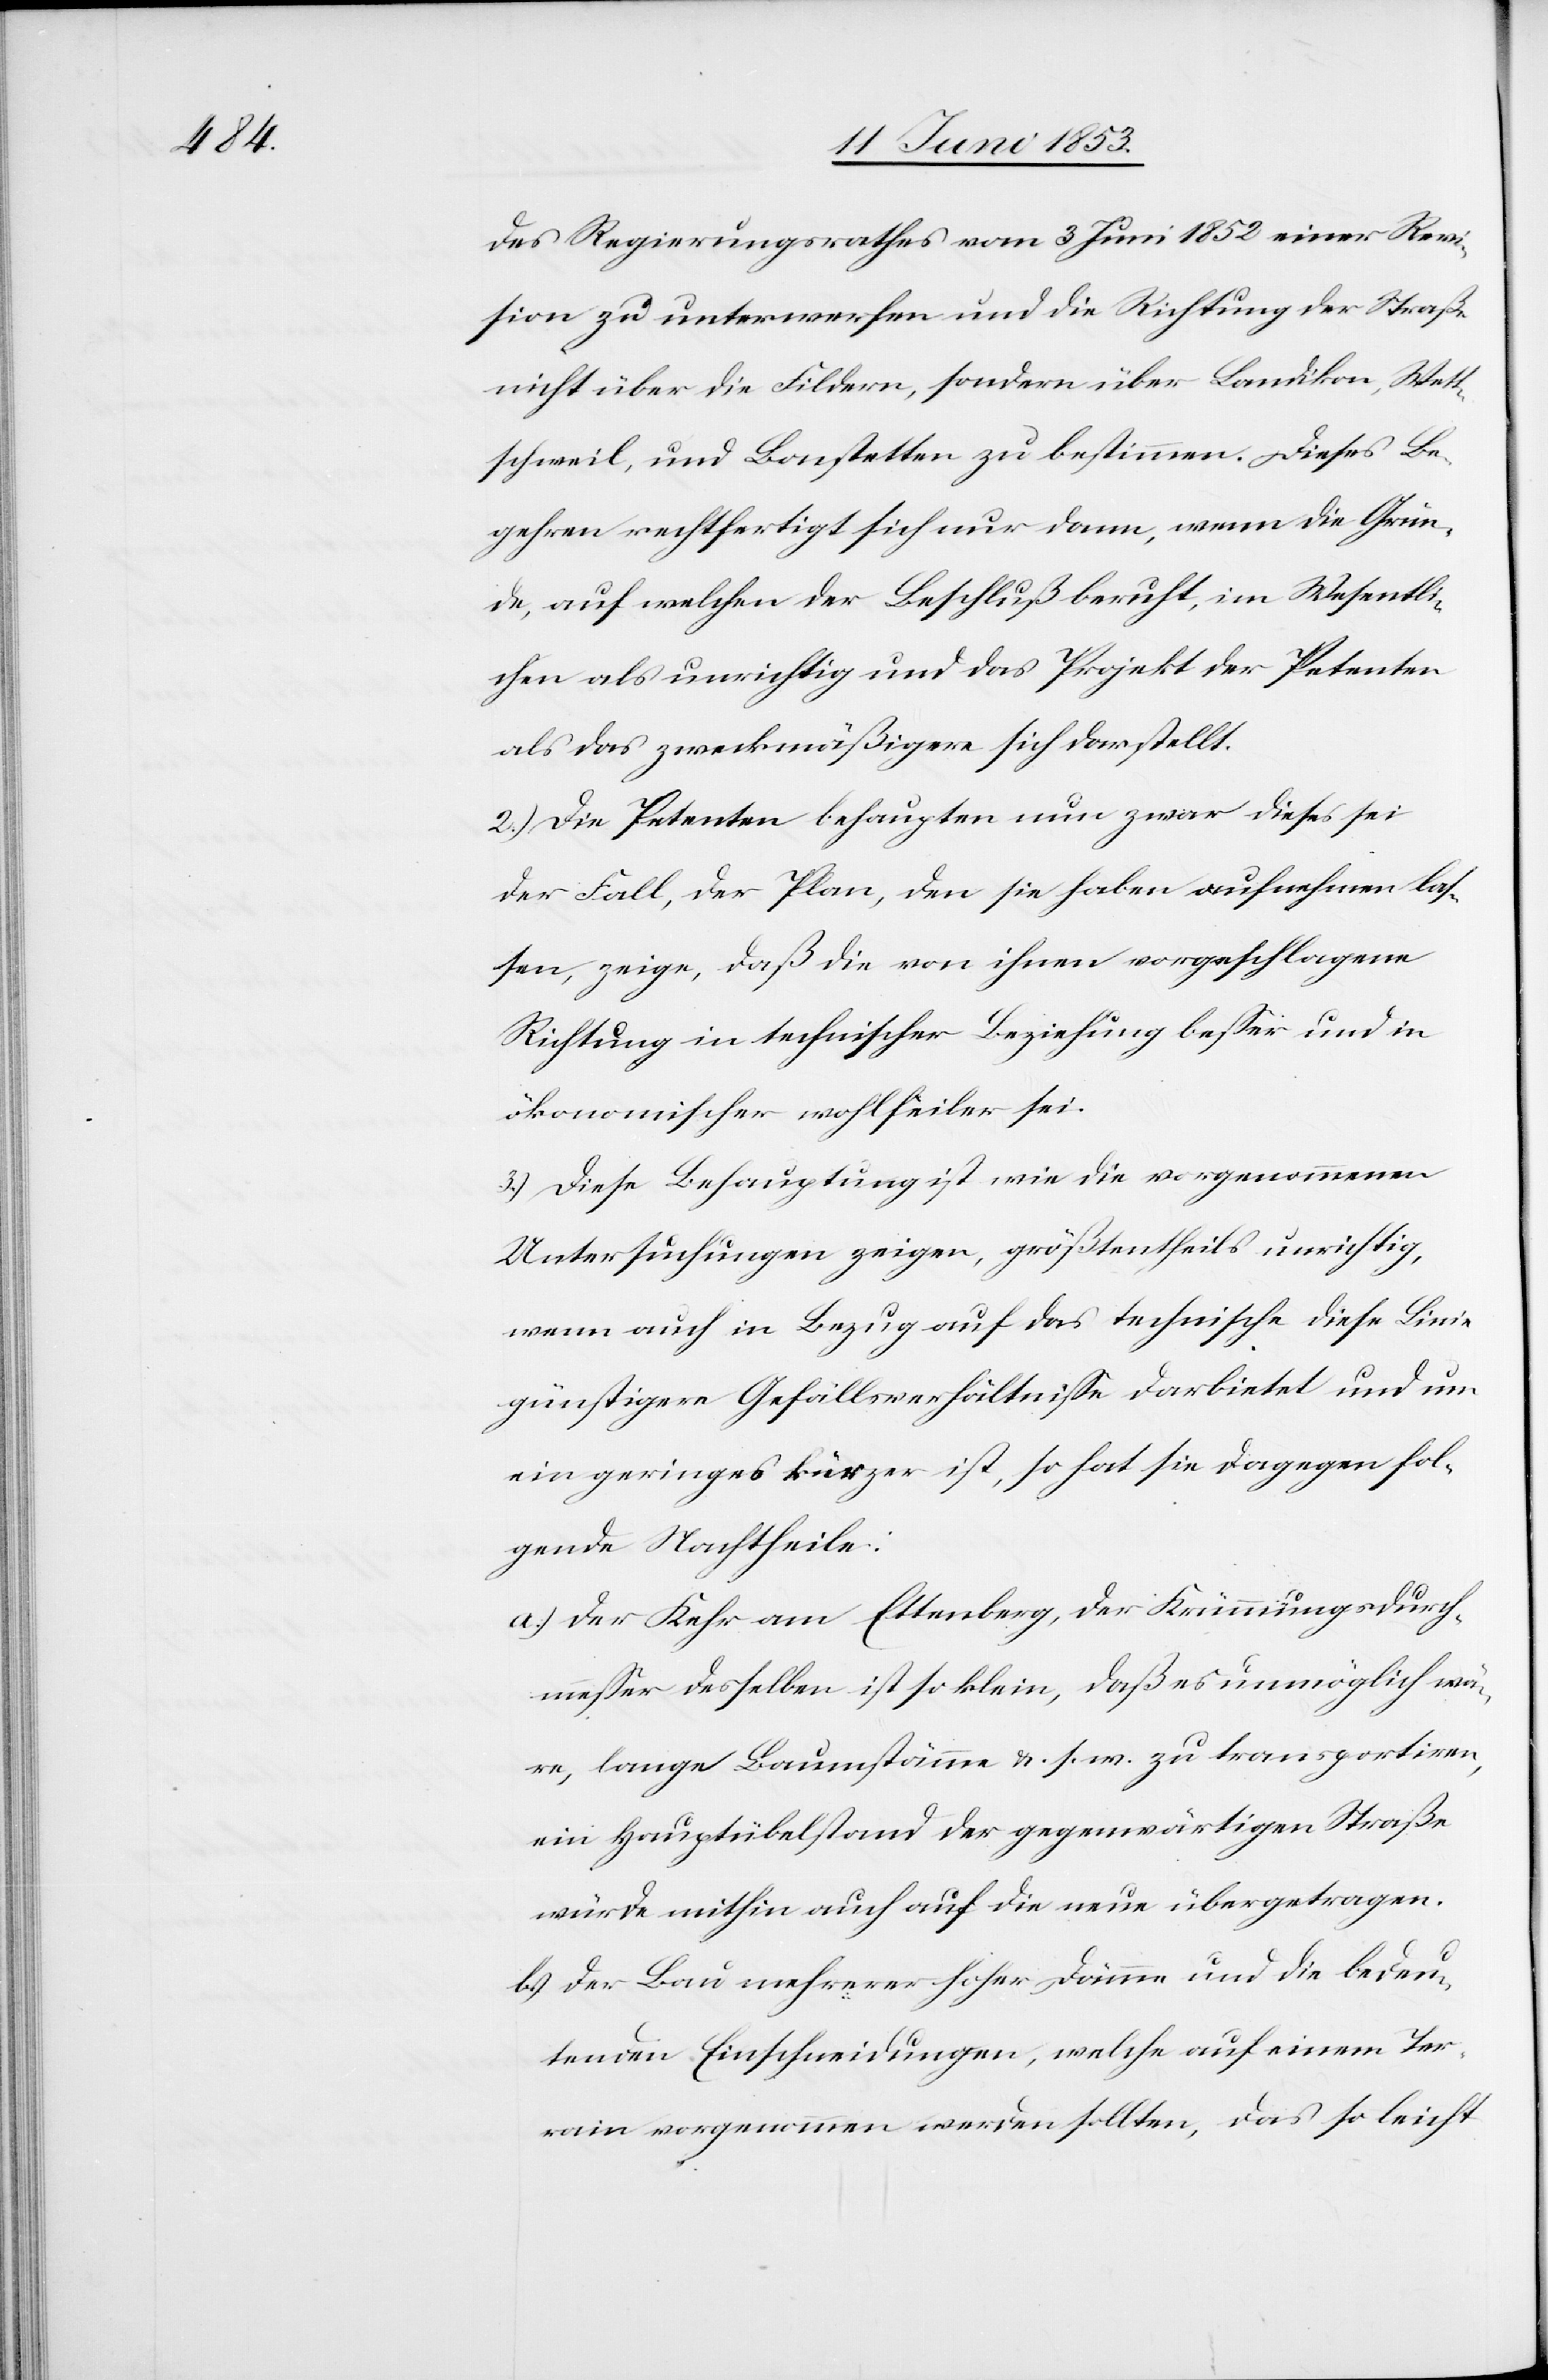
des Regierungsrathes vom 3 Juni 1852 einer Revi¬
sion zu unterwerfen und die Richtung der Straße
nicht über die Fildern, sondern über Landikon, Wett¬
schweil, und Bonstetten zu bestimmen. Dieses Be¬
gehren rechtfertigt sich nur dann, wann die Grün¬
de, auf welchen der Beschluß beruht, im Wesentli¬
chen als unrichtig und das Projekt der Petenten
als das zweckmäßigere sich darstellt.
2.) Die Petenten behaupten nun zwar dieses sei
der Fall, der Plan, den sie haben aufnehmen las¬
sen, zeige, daß die von ihnen vorgeschlagene
Richtung in technischer Beziehung beßer und in
ökonomischer wohlfeiler sei.
3.) Diese Behauptung ist wie die vorgenommen
Untersuchungen zeigen, größtentheils unrichtig,
wenn auch in Bezug auf das technische diese Linie
günstigere Gefällsverhältniße darbietet und um
ein geringes kürzer ist, so hat sie dagegen fol¬
gende Nachtheile:
a.) Der Kehr am Ettenberg, der Krümmungsdurch¬
meßer desselben ist so klein, daß es unmöglich wä¬
re, lange Baumstämme u. s. w. zu transportiren,
ein Hauptübelstand der gegenwärtigen Straße
würde mithin auch auf die neue übertragen.
b) Der Bau mehrerer hoher Dämme und die bedeu¬
tenden Einschneidungen, welche auf einem Ter¬
rain vorgenommen werden sollten, das so leicht